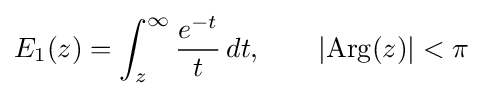
E_{1}(z)=\int _{z}^{\infty }{\frac {e^{-t}}{t}}\,dt,\qquad |{\rm {Arg}}(z)|<\pi